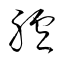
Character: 臚